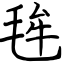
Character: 毪